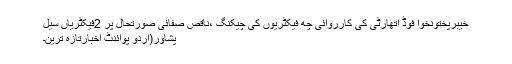
خیبرپختونخوا فوڈ اتھارٹی کی کارروائی چھ فیکٹریوں کی چیکنگ ،ناقص صفائی صورتحال پر 2فیکٹریاں سیل
پشاور(اُردو پوائنٹ اخبارتازہ ترین۔